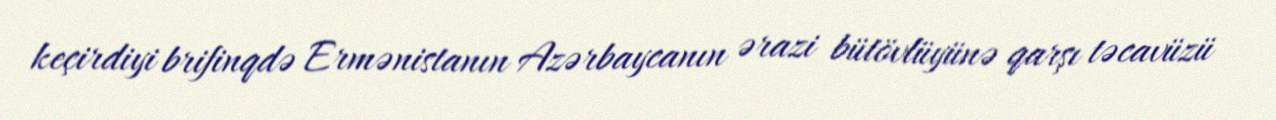
keçirdiyi brifinqdə Ermənistanın Azərbaycanın ərazi bütövlüyünə qarşı təcavüzü